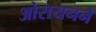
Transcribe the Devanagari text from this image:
ओरायनने